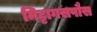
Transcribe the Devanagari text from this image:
मिट्टागसपौस